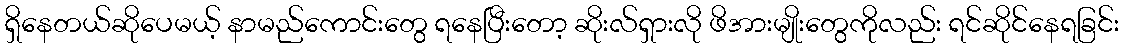
ရှိနေတယ်ဆိုပေမယ့် နာမည်ကောင်းတွေ ရနေပြီးတော့ ဆိုးလ်ရှားလို ဖိအားမျိုးတွေကိုလည်း ရင်ဆိုင်နေရခြင်း